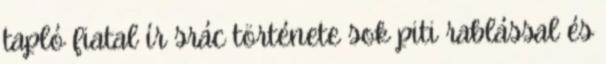
tapló fiatal ír srác története sok piti rablással és